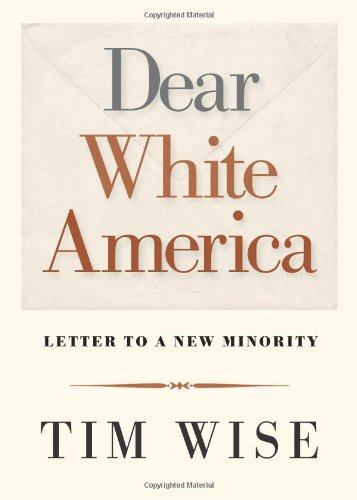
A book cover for Dear White America: Letter to a New Minority (City Lights Open Media); Tim Wise; History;